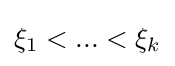
\xi _{1}<...<\xi _{k}